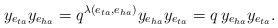
LaTeX: \begin{align*}y_{e_{ta}}y_{e_{ha}} = q^{\lambda(e_{ta},e_{ha})} y_{e_{ha}}y_{e_{ta}} = q\, y_{e_{ha}}y_{e_{ta}}.\end{align*}